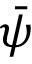
\Bar { \psi }